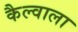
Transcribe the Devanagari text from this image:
कैल्वाला